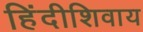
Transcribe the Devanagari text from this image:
हिंदीशिवाय